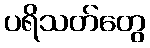
ပရိသတ်တွေ